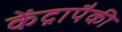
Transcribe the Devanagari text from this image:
केंद्रापैकी